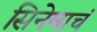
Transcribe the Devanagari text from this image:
सिनेमाचं